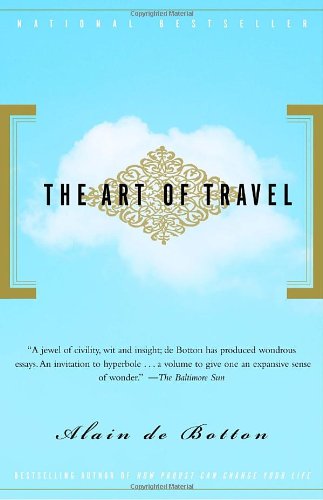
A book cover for The Art of Travel; Alain De Botton; Politics & Social Sciences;